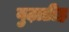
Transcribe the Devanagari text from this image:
बुढ़ाडीह